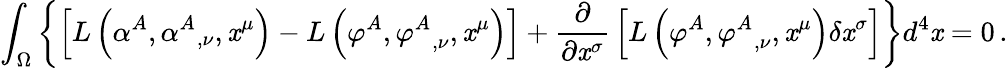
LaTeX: \int_{\Omega}\left\{ \left[L\left(\alpha^{A},{\alpha^{A}}_{,\nu},\mathit{x}^{\mu}\right)-L\left(\varphi^{A},{\varphi^{A}}_{,\nu},\mathit{x}^{\mu}\right)\right]+{\frac{{\partial}}{{\partial\mathit{x}^{\sigma}}}}\left[L\left(\varphi^{A},{\varphi^{A}}_{,\nu},\mathit{x}^{\mu}\right)\delta\mathit{x}^{\sigma}\right]\right\} d^{4}\mathit{x}=0\, .